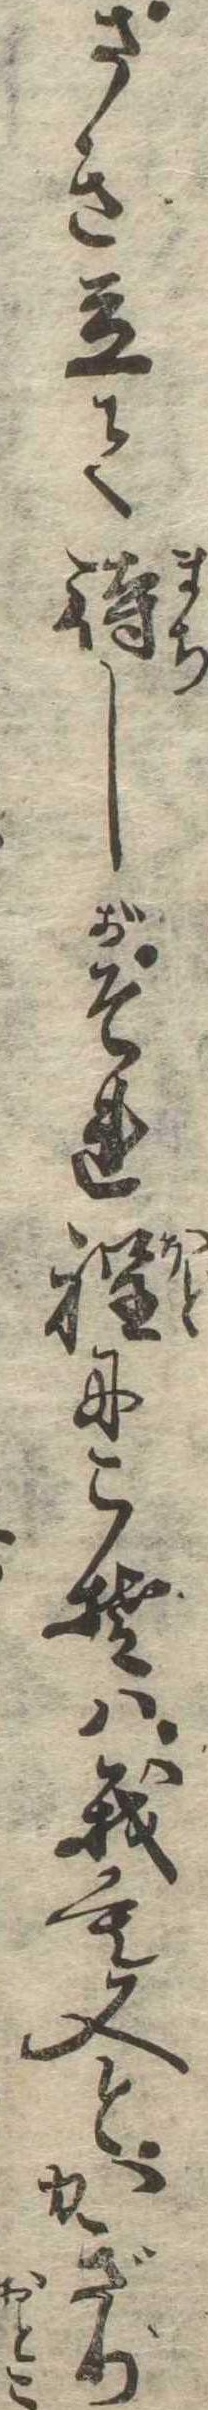
さき立て待しがそれ程にこそは我も又とかぎり